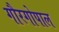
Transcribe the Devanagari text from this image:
गौरगोपाल